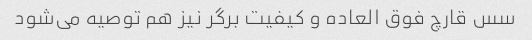
سس قارچ فوق العاده و کیفیت برگر نیز هم توصیه می‌شود